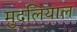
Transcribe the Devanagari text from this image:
मुदलियाल